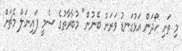
މި ތަށި ހޯދަން އަޅުގަނޑު ވަރަށް ބޭނުން" މުބާރާތުގެ ސެމީ ފައިނަލް މެޗަށް